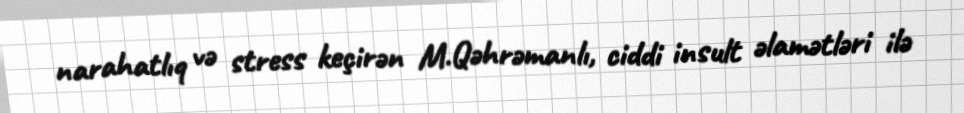
narahatlıq və stress keçirən M.Qəhrəmanlı, ciddi insult əlamətləri ilə